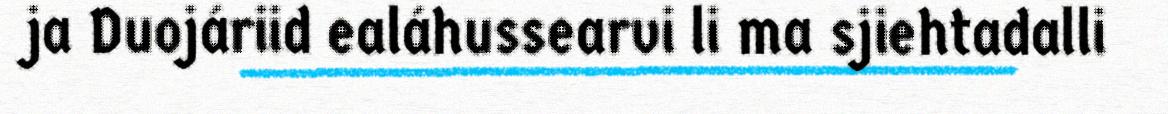
ja Duojáriid ealáhussearvi li ma sjiehtadalli